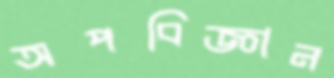
অপবিজ্ঞান